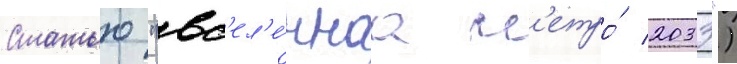
Статью "вс'ел'е́ннаа м'етро́ 2033")